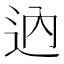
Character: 𨑧